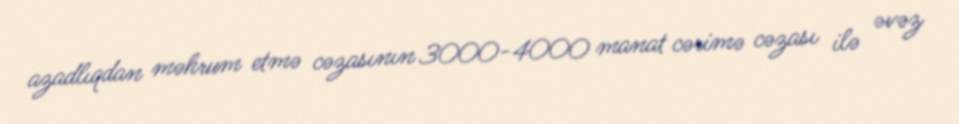
azadlıqdan məhrum etmə cəzasının 3000-4000 manat cərimə cəzası ilə əvəz